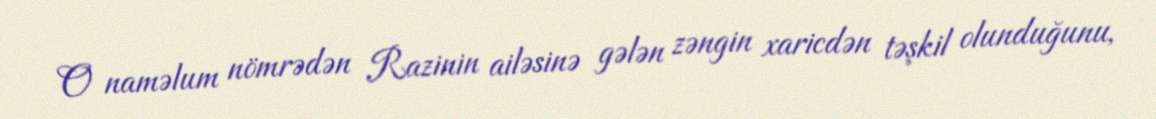
O naməlum nömrədən Razinin ailəsinə gələn zəngin xaricdən təşkil olunduğunu,